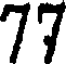
77